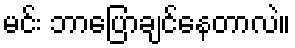
မင်း ဘာပြောချင်နေတာလဲ။